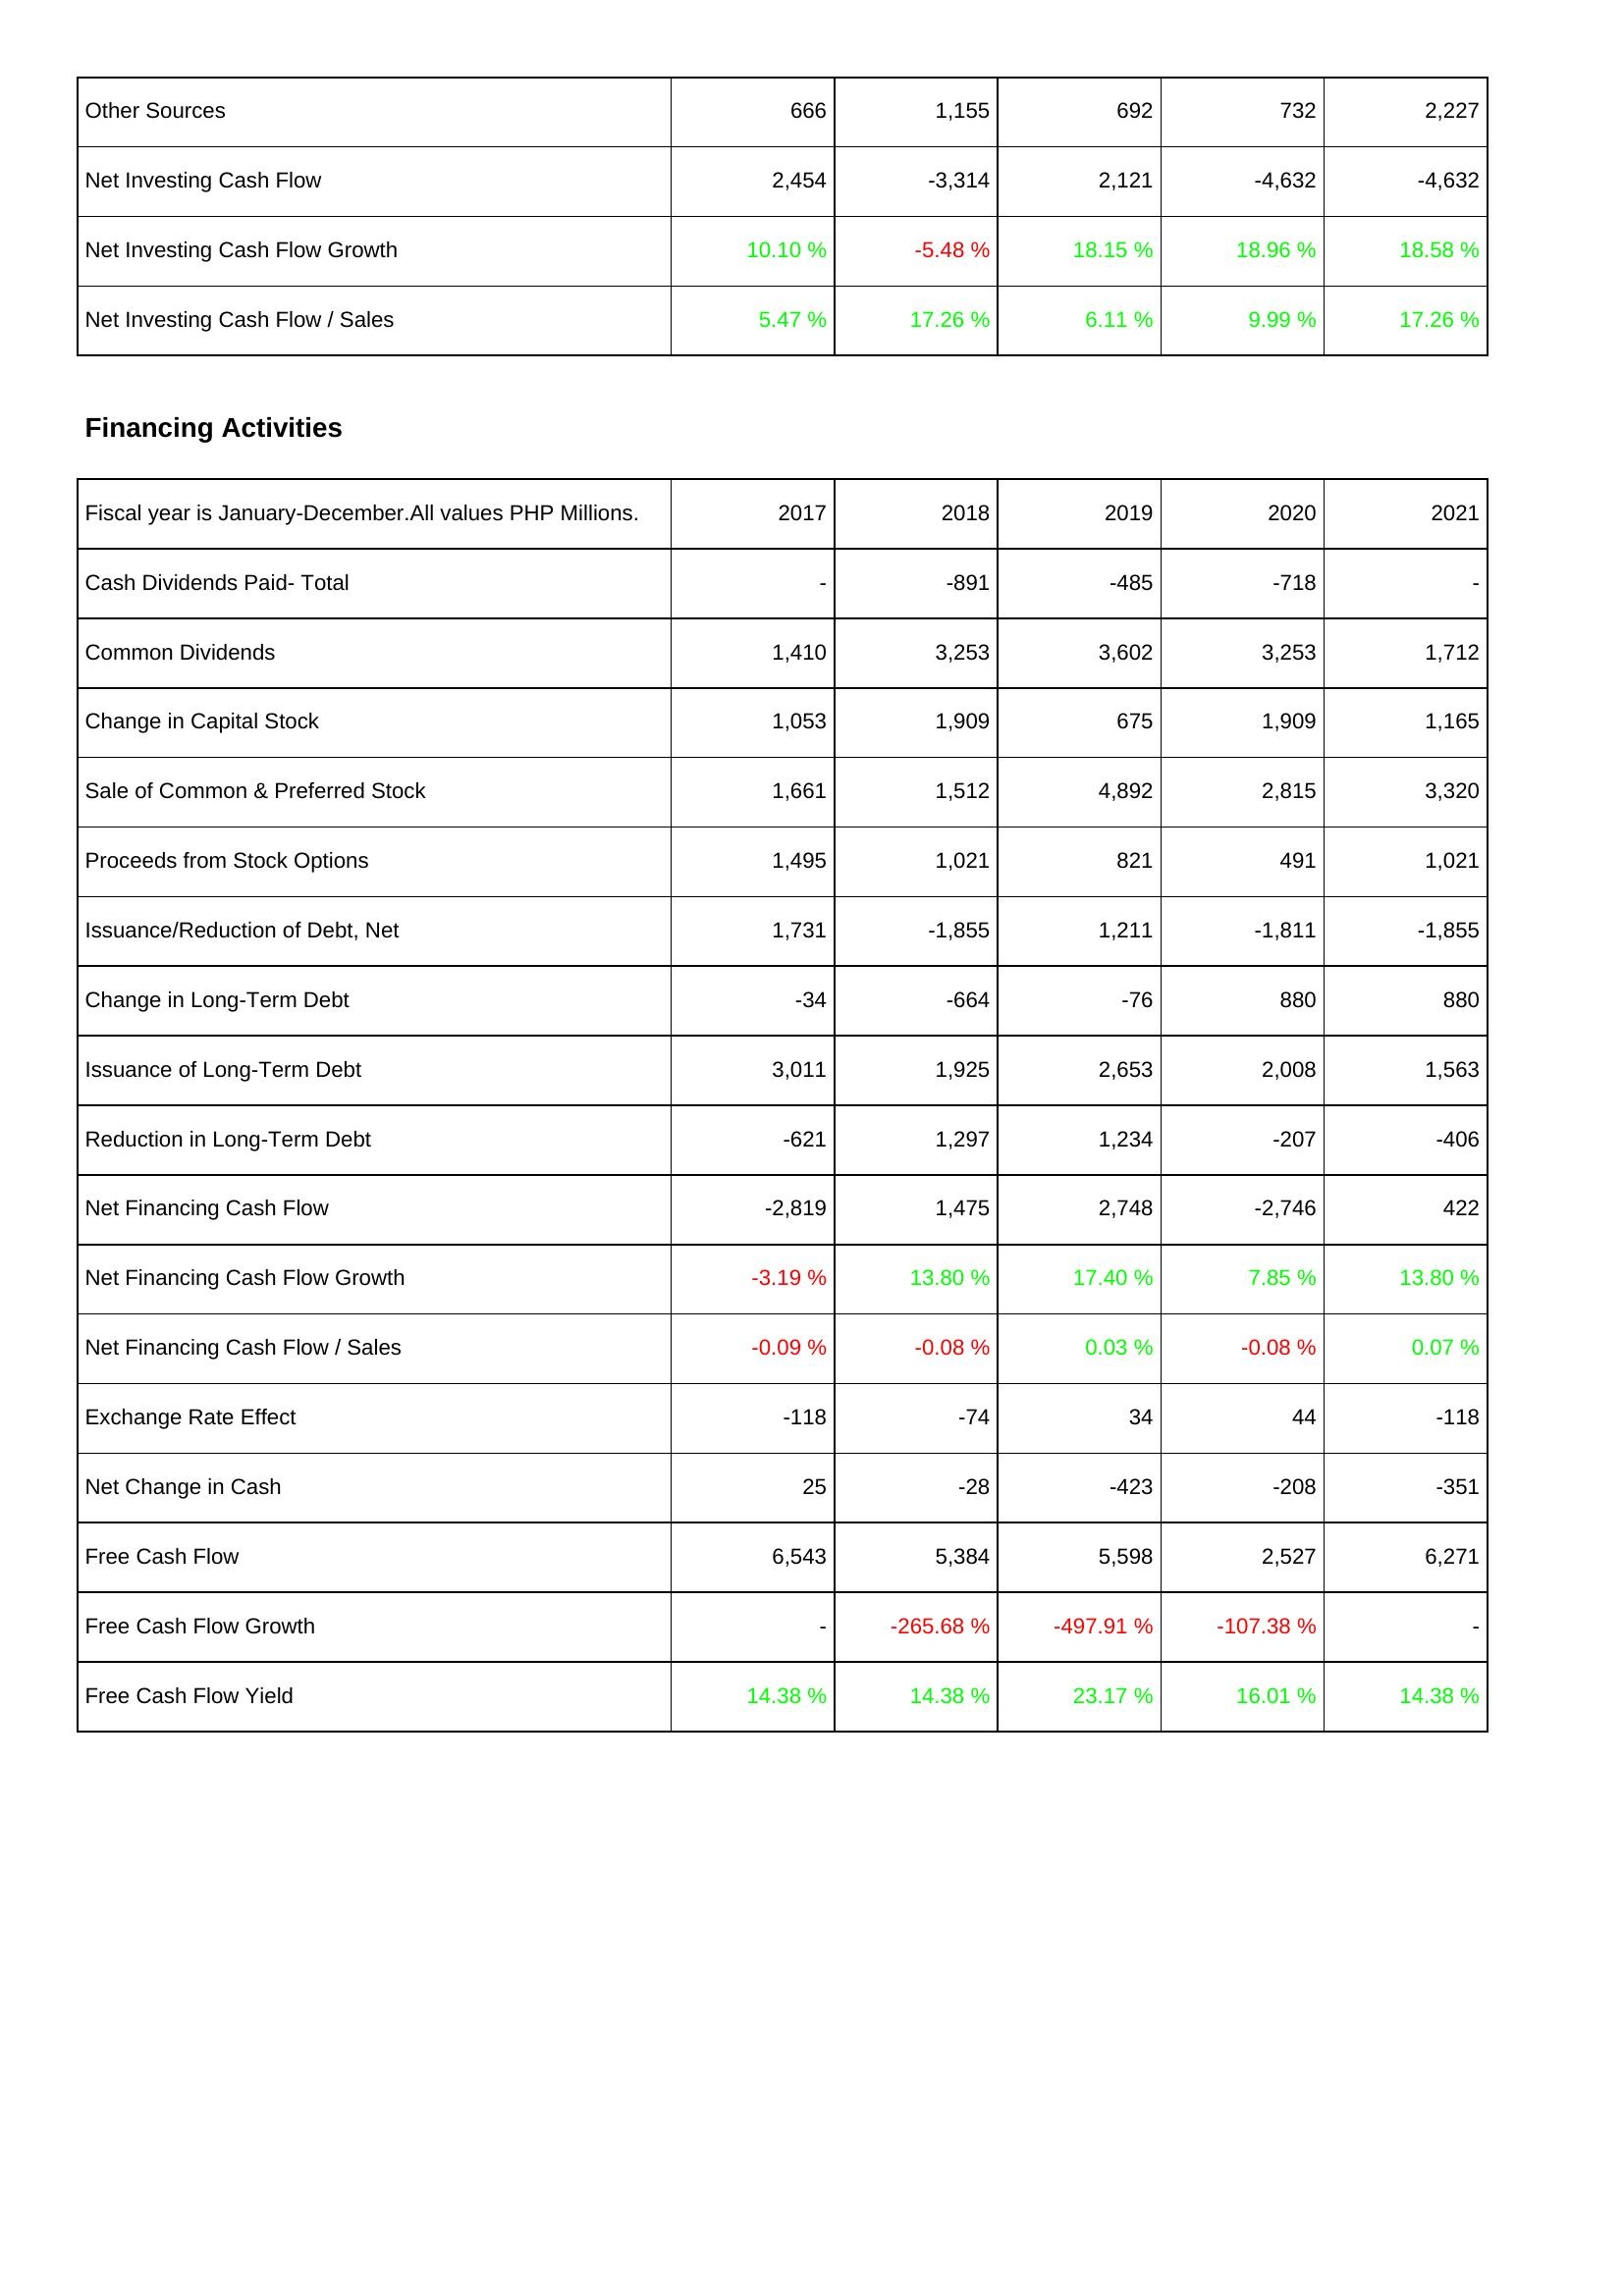
2017: Investing Activities: Other Sources: 666
Net Investing Cash Flow: 2,454
Net Investing Cash Flow Growth: 10.10 %
Net Investing Cash Flow / Sales: 5.47 %
Financing Activities: Cash Dividends Paid- Total: -
Common Dividends: 1,410
Change in Capital Stock: 1,053
Sale of Common & Preferred Stock: 1,661
Proceeds from Stock Options: 1,495
Issuance/Reduction of Debt, Net: 1,731
Change in Long-Term Debt: -34
Issuance of Long-Term Debt: 3,011
Reduction in Long-Term Debt: -621
Net Financing Cash Flow: -2,819
Net Financing Cash Flow Growth: -3.19 %
Net Financing Cash Flow / Sales: -0.09 %
Exchange Rate Effect: -118
Net Change in Cash: 25
Free Cash Flow: 6,543
Free Cash Flow Growth: -
Free Cash Flow Yield: 14.38 %
2018: Investing Activities: Other Sources: 1,155
Net Investing Cash Flow: -3,314
Net Investing Cash Flow Growth: -5.48 %
Net Investing Cash Flow / Sales: 17.26 %
Financing Activities: Cash Dividends Paid- Total: -891
Common Dividends: 3,253
Change in Capital Stock: 1,909
Sale of Common & Preferred Stock: 1,512
Proceeds from Stock Options: 1,021
Issuance/Reduction of Debt, Net: -1,855
Change in Long-Term Debt: -664
Issuance of Long-Term Debt: 1,925
Reduction in Long-Term Debt: 1,297
Net Financing Cash Flow: 1,475
Net Financing Cash Flow Growth: 13.80 %
Net Financing Cash Flow / Sales: -0.08 %
Exchange Rate Effect: -74
Net Change in Cash: -28
Free Cash Flow: 5,384
Free Cash Flow Growth: -265.68 %
Free Cash Flow Yield: 14.38 %
2019: Investing Activities: Other Sources: 692
Net Investing Cash Flow: 2,121
Net Investing Cash Flow Growth: 18.15 %
Net Investing Cash Flow / Sales: 6.11 %
Financing Activities: Cash Dividends Paid- Total: -485
Common Dividends: 3,602
Change in Capital Stock: 675
Sale of Common & Preferred Stock: 4,892
Proceeds from Stock Options: 821
Issuance/Reduction of Debt, Net: 1,211
Change in Long-Term Debt: -76
Issuance of Long-Term Debt: 2,653
Reduction in Long-Term Debt: 1,234
Net Financing Cash Flow: 2,748
Net Financing Cash Flow Growth: 17.40 %
Net Financing Cash Flow / Sales: 0.03 %
Exchange Rate Effect: 34
Net Change in Cash: -423
Free Cash Flow: 5,598
Free Cash Flow Growth: -497.91 %
Free Cash Flow Yield: 23.17 %
2020: Investing Activities: Other Sources: 732
Net Investing Cash Flow: -4,632
Net Investing Cash Flow Growth: 18.96 %
Net Investing Cash Flow / Sales: 9.99 %
Financing Activities: Cash Dividends Paid- Total: -718
Common Dividends: 3,253
Change in Capital Stock: 1,909
Sale of Common & Preferred Stock: 2,815
Proceeds from Stock Options: 491
Issuance/Reduction of Debt, Net: -1,811
Change in Long-Term Debt: 880
Issuance of Long-Term Debt: 2,008
Reduction in Long-Term Debt: -207
Net Financing Cash Flow: -2,746
Net Financing Cash Flow Growth: 7.85 %
Net Financing Cash Flow / Sales: -0.08 %
Exchange Rate Effect: 44
Net Change in Cash: -208
Free Cash Flow: 2,527
Free Cash Flow Growth: -107.38 %
Free Cash Flow Yield: 16.01 %
2021: Investing Activities: Other Sources: 2,227
Net Investing Cash Flow: -4,632
Net Investing Cash Flow Growth: 18.58 %
Net Investing Cash Flow / Sales: 17.26 %
Financing Activities: Cash Dividends Paid- Total: -
Common Dividends: 1,712
Change in Capital Stock: 1,165
Sale of Common & Preferred Stock: 3,320
Proceeds from Stock Options: 1,021
Issuance/Reduction of Debt, Net: -1,855
Change in Long-Term Debt: 880
Issuance of Long-Term Debt: 1,563
Reduction in Long-Term Debt: -406
Net Financing Cash Flow: 422
Net Financing Cash Flow Growth: 13.80 %
Net Financing Cash Flow / Sales: 0.07 %
Exchange Rate Effect: -118
Net Change in Cash: -351
Free Cash Flow: 6,271
Free Cash Flow Growth: -
Free Cash Flow Yield: 14.38 %